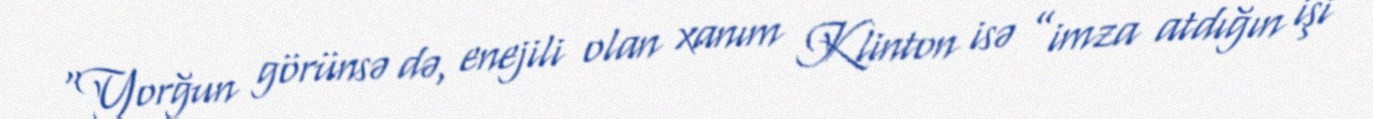
“Yorğun görünsə də, enejili olan xanım Klinton isə ”imza atdığın işi